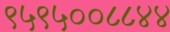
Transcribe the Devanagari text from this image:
९५९५००८८४४